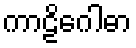
ကာဠိဂေါဓာ